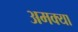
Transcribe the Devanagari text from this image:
अमक्या